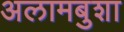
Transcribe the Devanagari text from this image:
अलामबुशा